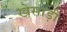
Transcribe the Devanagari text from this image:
खेसाड़ी